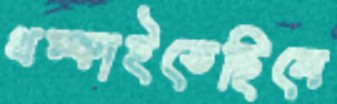
থম্‌কাইতেছিলে